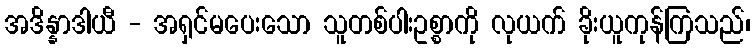
အဒိန္နာဒါယီ - အရှင်မပေးသော သူတစ်ပါးဥစ္စာကို လုယက် ခိုးယူကုန်ကြသည်၊